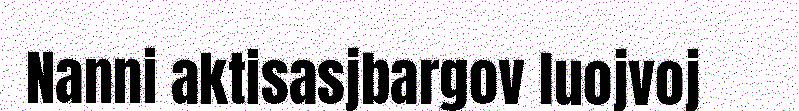
Nanni aktisasjbargov luojvoj